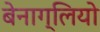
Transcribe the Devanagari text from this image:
बेनाग्लियो